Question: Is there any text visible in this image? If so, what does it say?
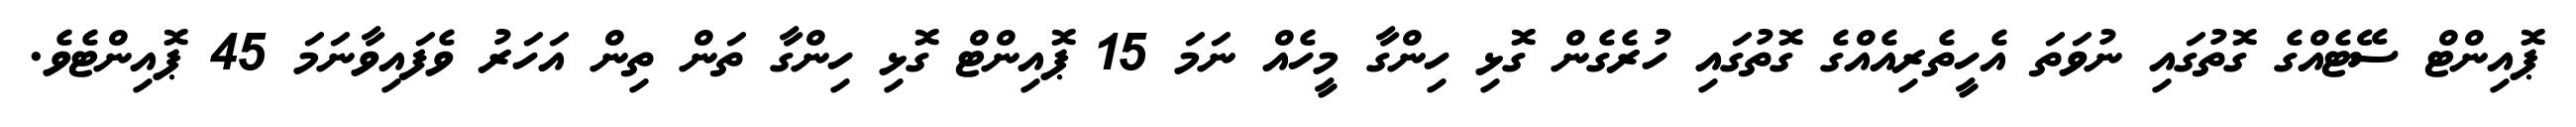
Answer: ޕޮއިންޓް ސޭޓެއްގެ ގޮތުގައި ނުވަތަ އެހީތެރިއެއްގެ ގޮތުގައި ހުރެގެން ގޮޅި ހިންގާ މީހެއް ނަމަ 15 ޕޮއިންޓް ގޮޅި ހިންގާ ތަން ތިން އަހަރު ވެފައިވާނަމަ 45 ޕޮއިންޓެވެ.